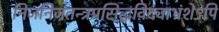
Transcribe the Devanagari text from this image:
निजनिजतन्त्रप्रसिद्धविद्याभ्रंशेऽपि